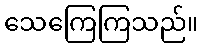
သေကြေကြသည်။